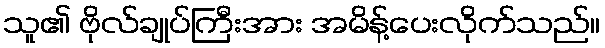
သူ၏ ဗိုလ်ချုပ်ကြီးအား အမိန့်ပေးလိုက်သည်။